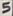
Text: 5